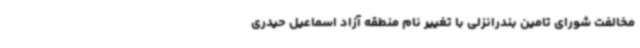
مخالفت شورای تامین بندرانزلی با تغییر نام منطقه آزاد اسماعیل حیدری